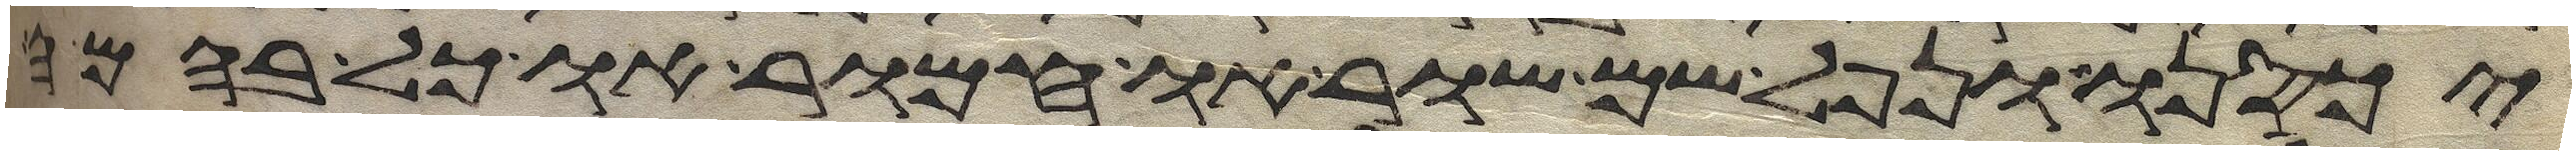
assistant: יכסנו ונפל שם שור או חמור או כל בהמה